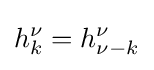
{h_{k}^{\nu }}={h_{\nu -k}^{\nu }}